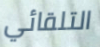
التلقائي